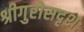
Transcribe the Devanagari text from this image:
श्रीगुरोसदृशः